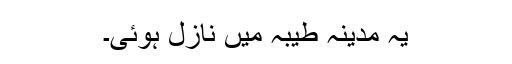
یہ مدینہ طیبہ میں نازل ہوئی۔